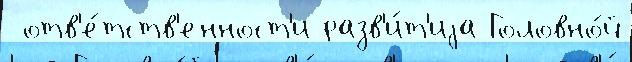
 отв'е́тств'енност'и разв'и́т'иjа Головно́й